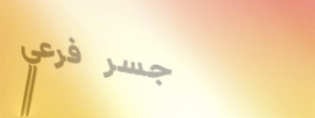
جسر فرعي